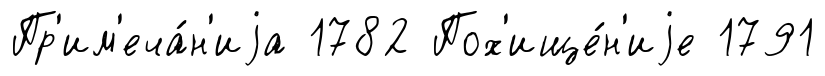
Пр'им'еча́н'иjа 1782 Пох'ище́н'иjе 1791